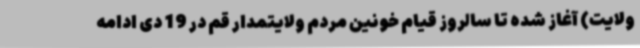
ولایت) آغاز شده تا سالروز قیام خونین مردم ولایتمدار قم در 19 دی ادامه